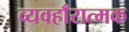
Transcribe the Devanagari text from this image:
व्यवहाँरात्मक